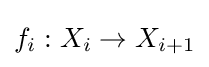
f_{i}:X_{i}\to X_{i+1}